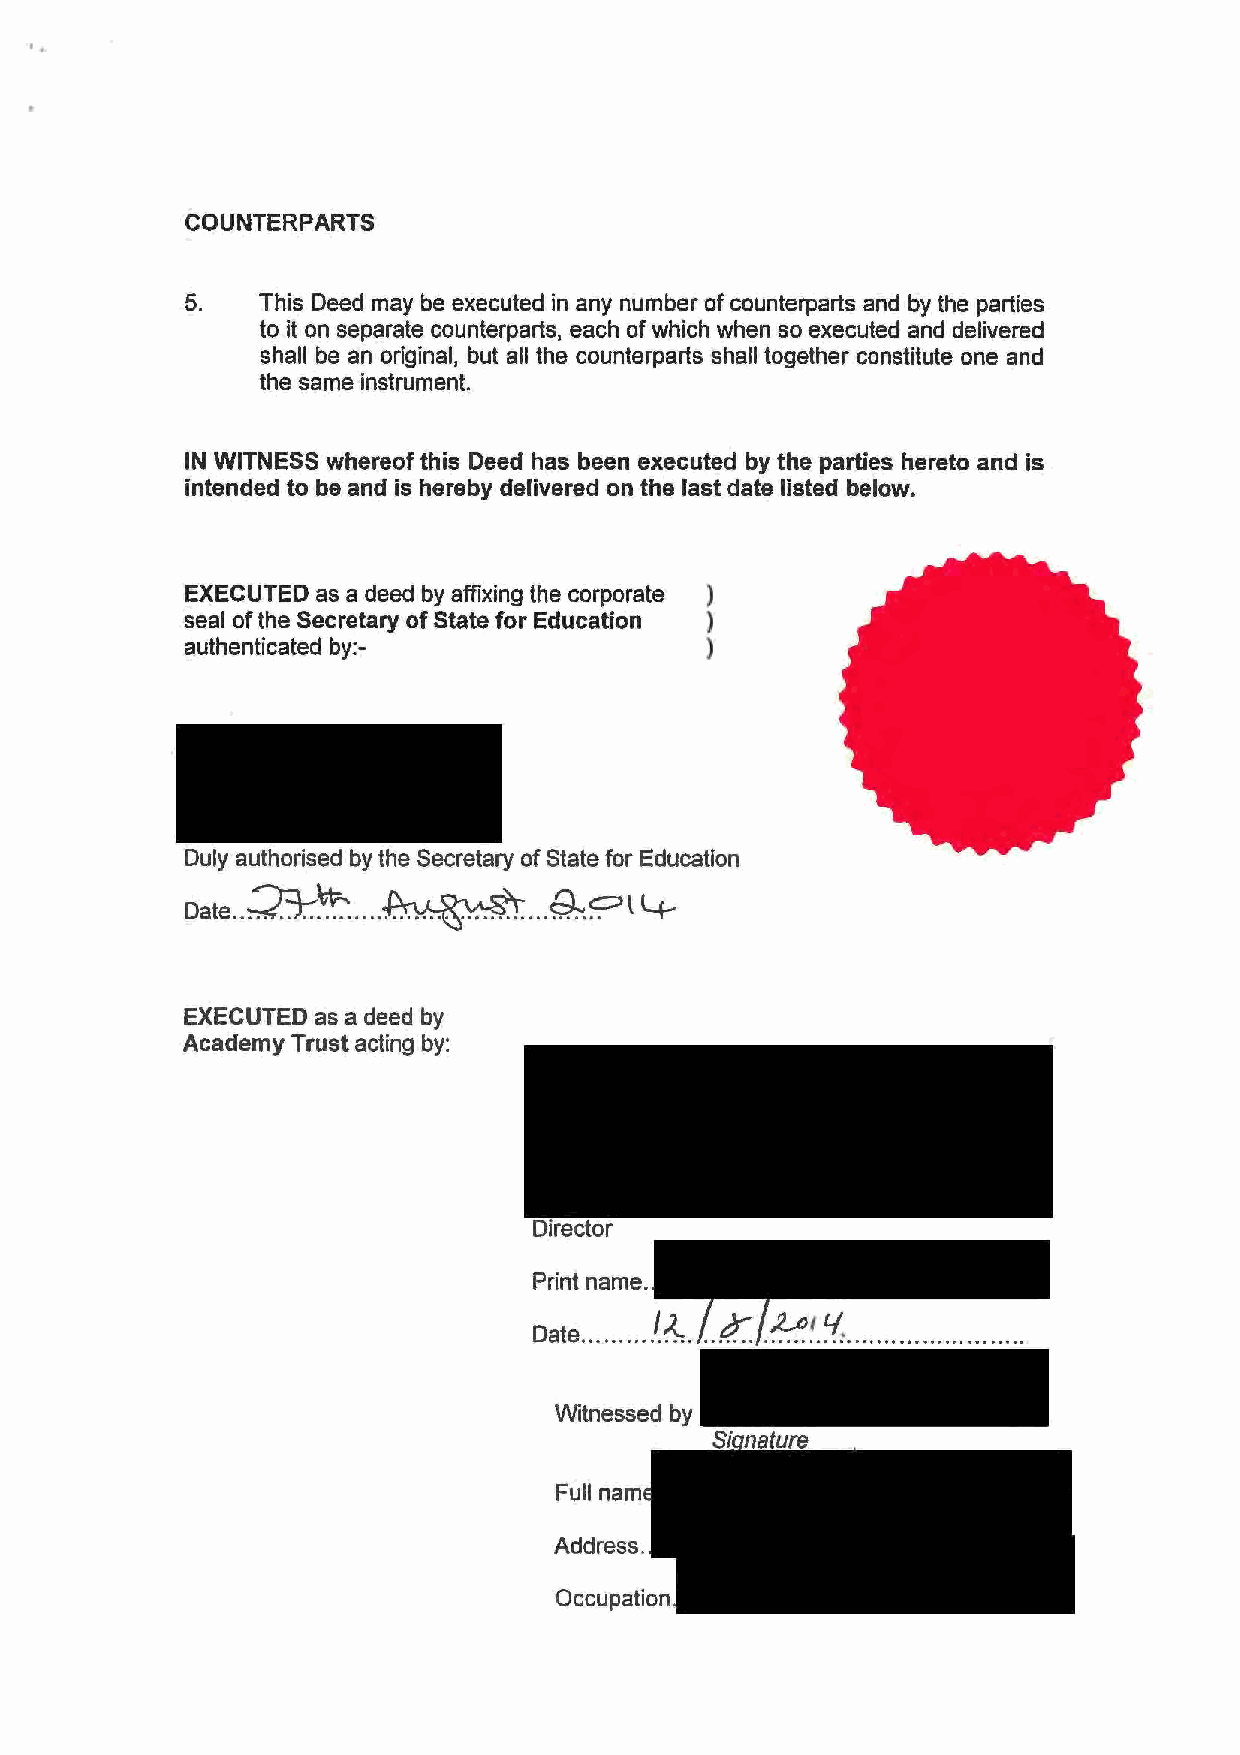
..
 COUNTERPARTS
 5.   This Deed may be executed in any number of counterparts and by the parties
 to it on separate counterparts, each of which when so executed and delivered
 shall be an original, but all the counterparts shall together constitute one and
 the same instrument.
 IN WITNESS whereof this Deed has been executed by the parties hereto and is
 intended to be and is hereby delivered on the last date listed below.
 EXECUTED as a deed by affixing the corporate )
 seal of the Secretary of State for Education )
 authenticated by:-                 )
 Duly authorised by the Secretary of State for Education
 .....       ...
 :2':t.-~ ~          $..:~l l+
 Date ..
 EXECUTED as a deed by
 Academy Trust acting by:
 Witnessed by
 Full na
 Occupation